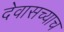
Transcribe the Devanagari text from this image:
देवासच्याच